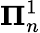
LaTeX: {\boldsymbol{\Pi}}_{n}^{1}